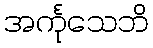
အင်္ကုသေဘိ